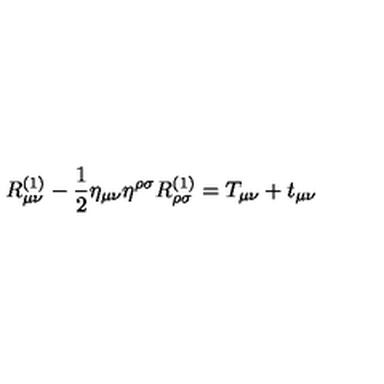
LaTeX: R _ { \mu \nu } ^ { ( 1 ) } - \frac { 1 } { 2 } \eta _ { \mu \nu } \eta ^ { \rho \sigma } R _ { \rho \sigma } ^ { ( 1 ) } = T _ { \mu \nu } + t _ { \mu \nu }